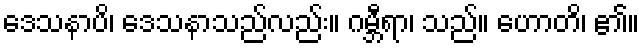
ဒေသနာပိ၊ ဒေသနာသည်လည်း။ ဂမ္ဘီရာ၊ သည်။ ဟောတိ၊ ၏။